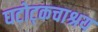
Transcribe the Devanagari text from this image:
घटोट्कचाश्रय